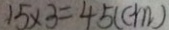
1 5 \times 3 = 4 5 ( c m )